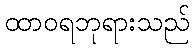
ထာဝရဘုရားသည်